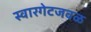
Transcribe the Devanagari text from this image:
स्वारगेटजवळ